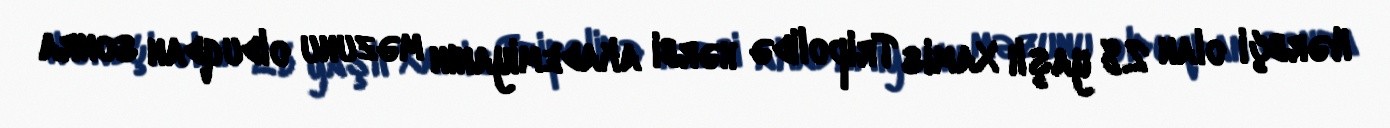
Hərbçi olan 28 yaşlı Xamis Tripolidə hərbi akademiyanın məzunu olduqdan sonra